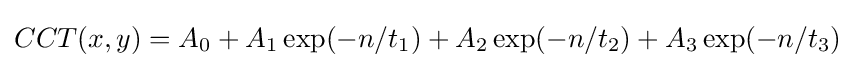
CCT(x,y)=A_{0}+A_{1}\exp(-n/t_{1})+A_{2}\exp(-n/t_{2})+A_{3}\exp(-n/t_{3})